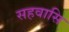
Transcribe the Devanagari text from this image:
सहवासि